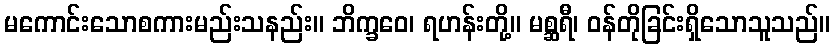
မကောင်းသောစကားမည်းသနည်း။ ဘိက္ခဝေ၊ ရဟန်းတို့။ မစ္ဆရီ၊ ဝန်တိုခြင်းရှိသောသူသည်။